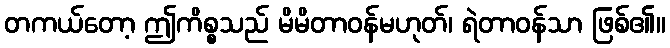
တကယ်တော့ ဤကိစ္စသည် မိမိတာဝန်မဟုတ်၊ ရဲတာဝန်သာ ဖြစ်၏။